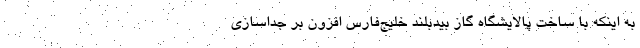
به اینکه با ساخت پالایشگاه گاز بیدبلند خلیج‌فارس افزون بر جداسازی